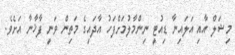
މިޝަލް އާއި އަލައިނާ ޑިއުޓީ ނިންމާލުމަށްފަހު އާދައިގެ މަތިން ވަނީ ފާޚާނާ އަށެވެ.